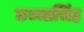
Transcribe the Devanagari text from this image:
छज्जासिंह